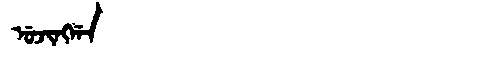
Manchu: ᡠᠵᡳᠩᡤᠠ
Romanization: UJINGGA